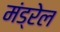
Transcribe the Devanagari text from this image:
मंड्रेल